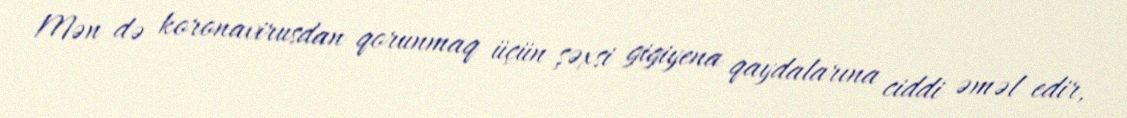
Mən də koronavirusdan qorunmaq üçün şəxsi gigiyena qaydalarına ciddi əməl edir,